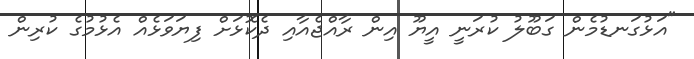
"އަޅުގަނޑުމެން ގަބޫލު ކުރަނީ އީޔޫ އިން ރާއްޖެއާއި ދެކޮޅަށް ފިޔަވަޅެއް އެޅުމުގެ ކުރިން